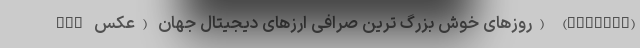
nan روزهای خوش بزرگ ترین صرافی ارزهای دیجیتال جهان (عکس) (binance)